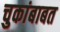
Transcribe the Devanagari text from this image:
चुकांबाबत